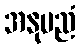
အနုမညံ